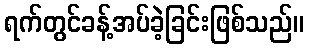
ရက်တွင်ခန့်အပ်ခဲ့ခြင်းဖြစ်သည်။